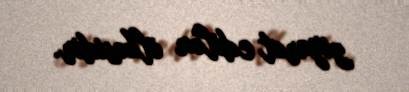
ziyarət edilən ölkəsidir.